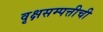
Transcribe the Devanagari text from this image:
वृक्षसम्पत्तीची